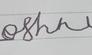
Signature authenticity: forged